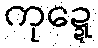
ကုဍ္ဍေ